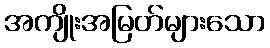
အကျိုးအမြတ်များသော